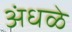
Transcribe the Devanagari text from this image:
अंधळे